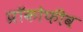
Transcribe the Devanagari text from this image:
प्रॉकोफीव